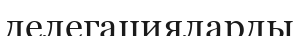
делегацияларды